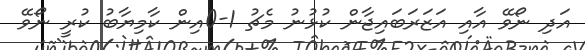
އަދި ނޯވޭ އާއި އަޒަރަބައިޖާން ކުޅުނު މެޗު 1-0އިން ކާމިޔާބު ކުރީ ނޯވޭ